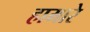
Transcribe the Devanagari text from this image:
हामारे